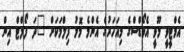
އެމްޓީވީ މޫވީ އެވޯޑްސްގެ މިއަހަރުގެ އެންމެ މޮޅު ފިލްމަކަށް "ދަ ފޯލްޓް އިން